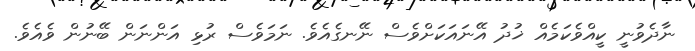
ނާދެވުނީ ކީއްވެކަމެއް ޚުދު އޭނައަކަށްވެސް ނޭނގެއެވެ. ނަމަވެސް ރުޅި އަންނަން ބޭނުން ވެއެވެ.